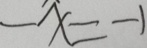
- x = - 1